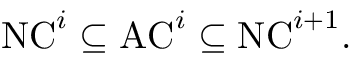
{ \mathrm { N C } } ^ { i } \subseteq { \mathrm { A C } } ^ { i } \subseteq { \mathrm { N C } } ^ { i + 1 } .